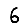
Digit: 6